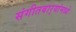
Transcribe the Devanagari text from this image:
संगीतबार्‍यांमध्ये